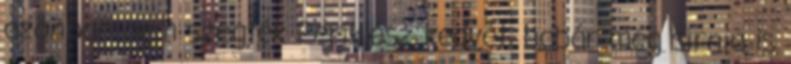
azonban nem szegték Periklész kedvét, habár még sírnia is